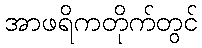
အာဖရိကတိုက်တွင်